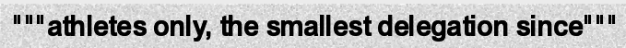
"""athletes only, the smallest delegation since"""